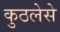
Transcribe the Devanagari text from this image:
कुठलेसे